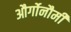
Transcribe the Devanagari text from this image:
और्गोनौमी